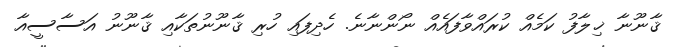
ޤާނޫނާ ޚިލާފު ކަމެއް ކުރައްވާފައެއް ނޯންނާނެ. ހެދިފައި ހުރި ޤާނޫނުތަކާއި ޤާނޫނު އަސާސީއާ